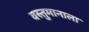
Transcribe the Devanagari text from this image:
वस्तुमानाला